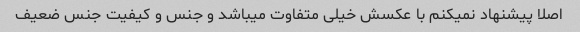
اصلا پیشنهاد نمیکنم با عکسش خیلی متفاوت میباشد و جنس و کیفیت جنس ضعیف